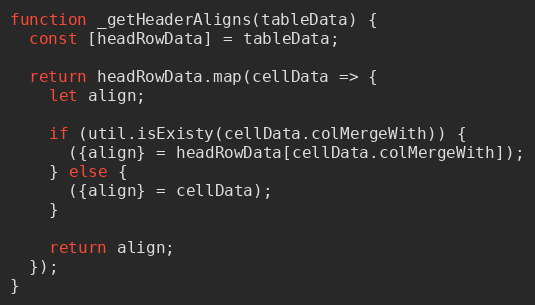
Language: JavaScript
function _getHeaderAligns(tableData) {
  const [headRowData] = tableData;

  return headRowData.map(cellData => {
    let align;

    if (util.isExisty(cellData.colMergeWith)) {
      ({align} = headRowData[cellData.colMergeWith]);
    } else {
      ({align} = cellData);
    }

    return align;
  });
}